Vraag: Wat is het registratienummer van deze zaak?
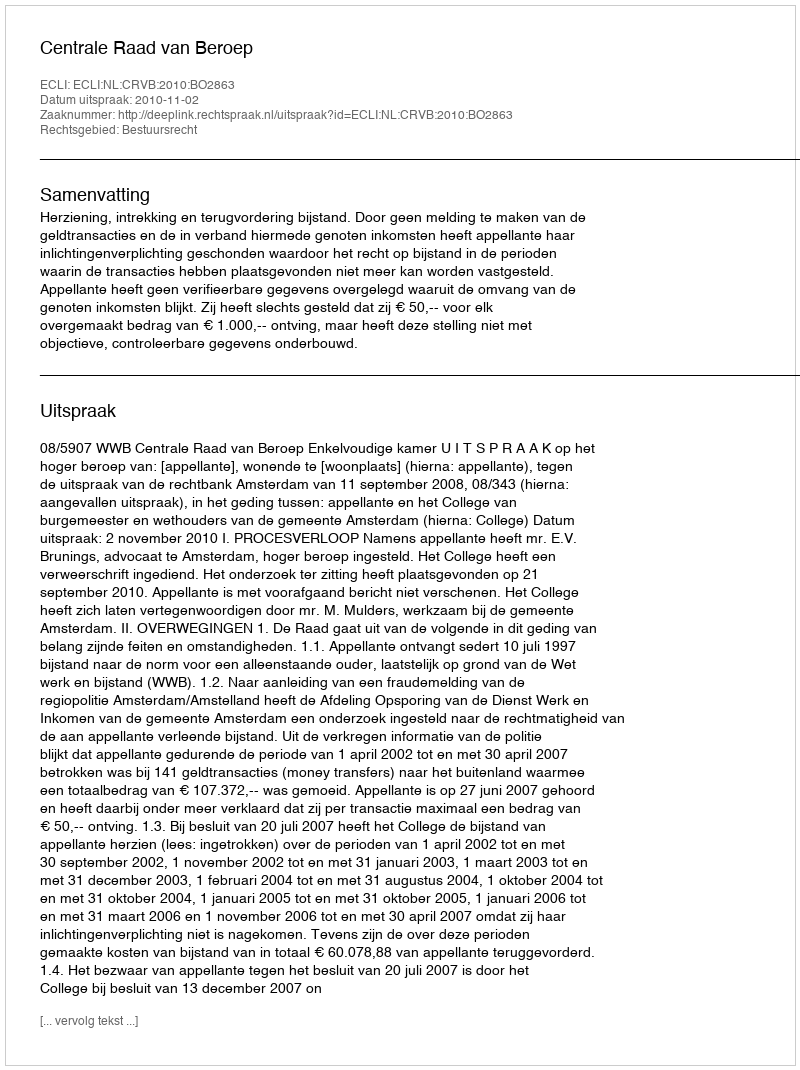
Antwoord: http://deeplink.rechtspraak.nl/uitspraak?id=ECLI:NL:CRVB:2010:BO2863